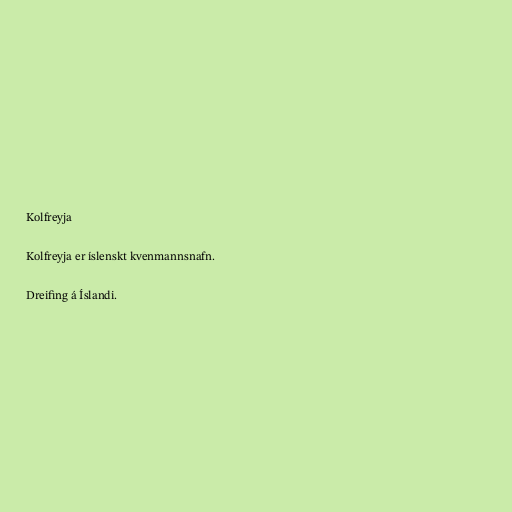
Kolfreyja

Kolfreyja er íslenskt kvenmannsnafn.

Dreifing á Íslandi.